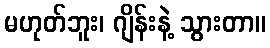
မဟုတ်ဘူး၊ ဂျိန်းနဲ့ သွားတာ။